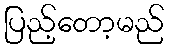
ပြည့်တော့မည်